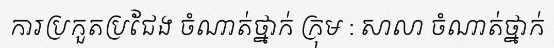
ការប្រកួតប្រជែង ចំណាត់ថ្នាក់ ក្រុម : សាលា ចំណាត់ថ្នាក់